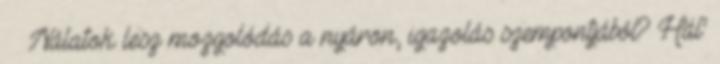
·· Nálatok lesz mozgolódás a nyáron, igazolás szempontjából? Hál’